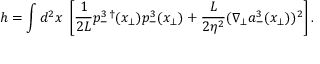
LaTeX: h = \int d ^ { 2 } x \; \left[ \frac { 1 } { 2 L } p _ { - } ^ { 3 \, \dagger } ( { x } _ { \bot } ) p _ { - } ^ { 3 } ( { x } _ { \bot } ) + \frac { L } { 2 \eta ^ { 2 } } ( \nabla _ { \bot } a _ { - } ^ { 3 } ( { x } _ { \bot } ) ) ^ { 2 } \right] .